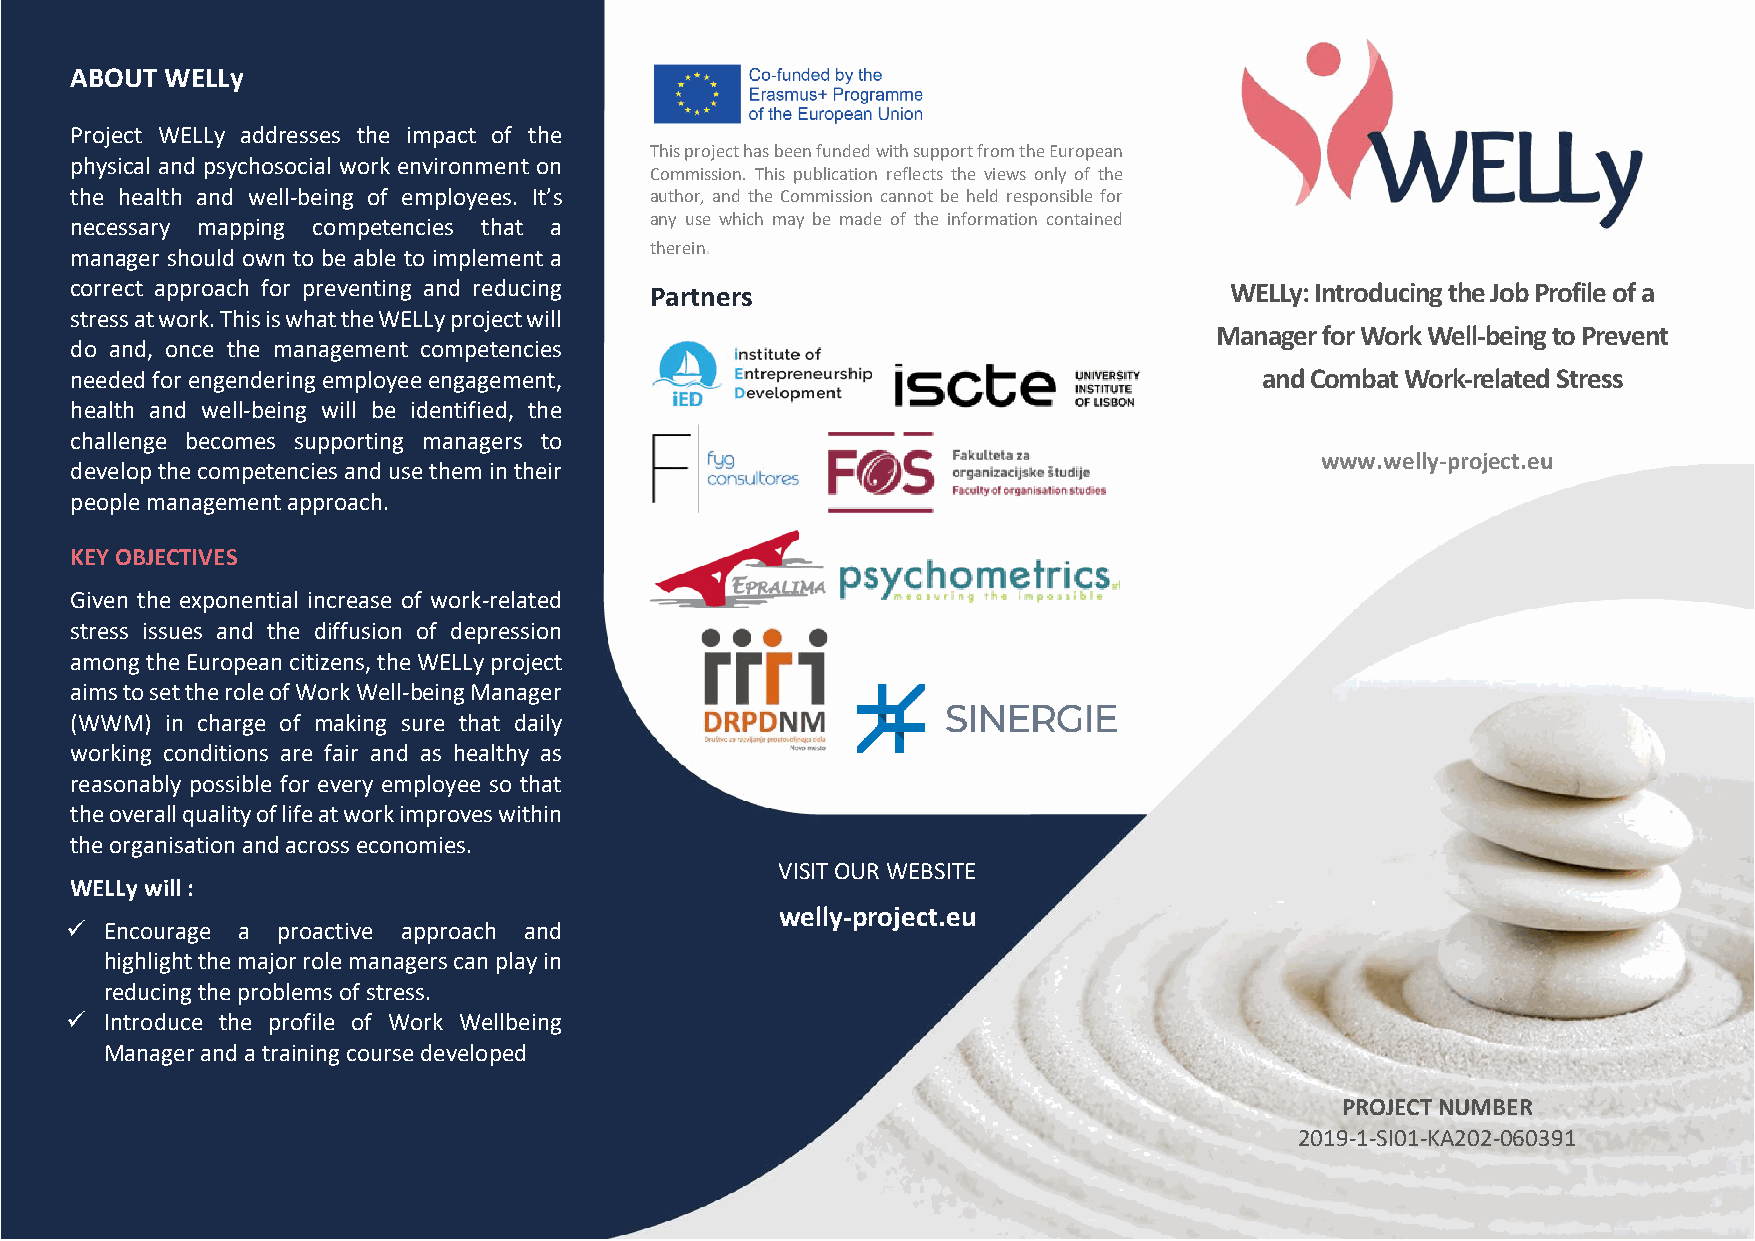
ABOUT WELLy
 Project WELLy addresses the impact of the
 This project has been funded with support from the European
 physical and psychosocial work environment on
 Commission. This publication reflects the views only of the
 the health and well-being of employees. It’s author, and the Commission cannot be held responsible for
 necessary mapping competencies that a any use which may be made of the information contained
 therein.
 manager should own to be able to implement a
 correct approach for preventing and reducing Partners                       WELLy: Introducing the Job Profile of a
 stress at work. This is what the WELLy project will
 Manager for Work Well-being to Prevent
 do and, once the management competencies
 needed for engendering employee engagement,                                    and Combat Work-related Stress
 health and well-being will be identified, the
 challenge becomes supporting managers to
 www.welly-project.eu
 develop the competencies and use them in their
 people management approach.
 KEY OBJECTIVES
 Given the exponential increase of work-related
 stress issues and the diffusion of depression
 among the European citizens, the WELLy project
 aims to set the role of Work Well-being Manager
 (WWM) in charge of making sure that daily
 working conditions are fair and as healthy as
 reasonably possible for every employee so that
 the overall quality of life at work improves within
 the organisation and across economies.
 VISIT OUR WEBSITE
 WELLy will :
 welly-project.eu
 ✓  Encourage a proactive approach and
 highlight the major role managers can play in
 reducing the problems of stress.
 ✓  Introduce the profile of Work Wellbeing
 Manager and a training course developed
 PROJECT NUMBER
 2019-1-SI01-KA202-060391